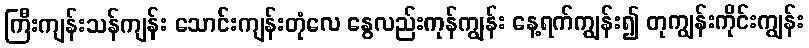
ကြီးကျန်းသန်ကျန်း သောင်းကျန်းတုံလေ နွေလည်းကုန်ကျွန်း နေ့ရက်ကျွန်း၍ တုကျွန်းကိုင်းကျွန်း